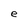
Character: e